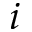
i